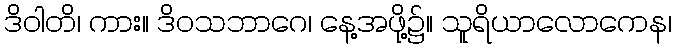
ဒိဝါတိ၊ ကား။ ဒိဝသဘာဂေ၊ နေ့အဖို့၌။ သူရိယာလောကေန၊